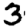
Digit: 3